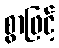
စွာဖြင့်